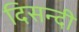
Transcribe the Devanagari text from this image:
दिसन्दी